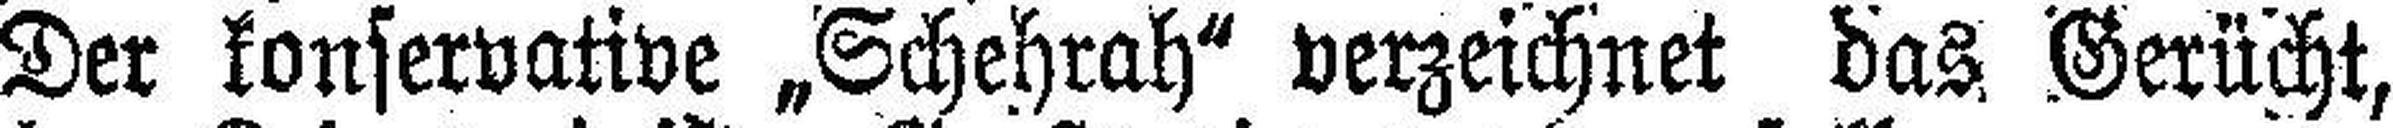
Der konservative „Schehrah“ verzeichnet das Gerücht,